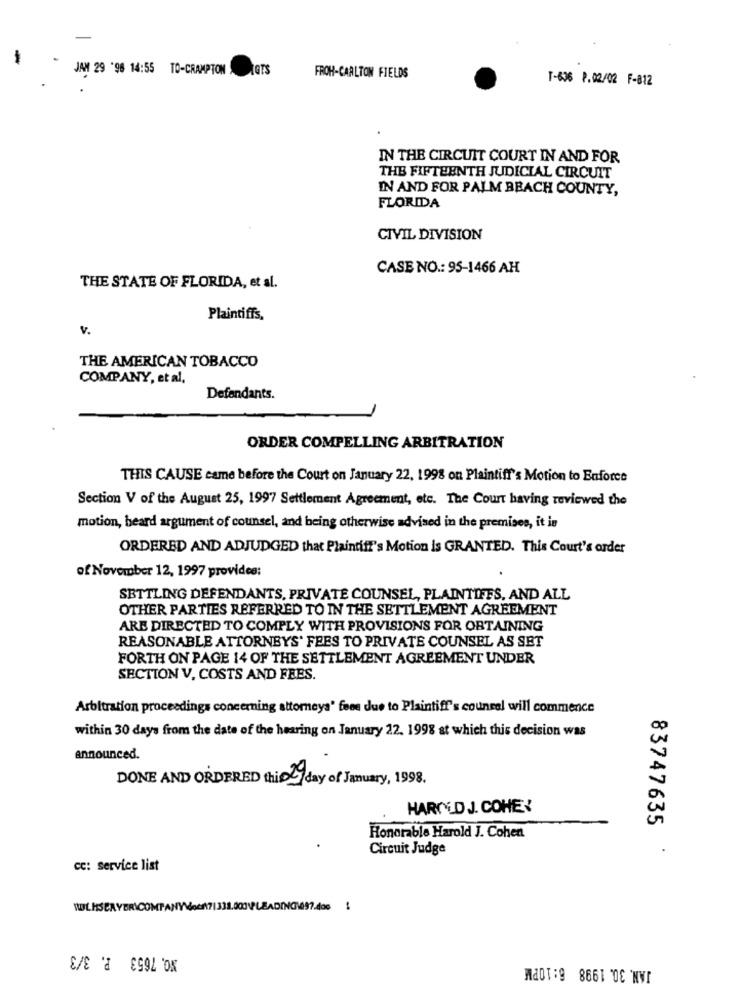
1
JAM 29 '96 14:55 TO-CRAMPTON GTS
FROH-CARLTON FIELDS
T-636 P.02/02 F-812
IN THE CIRCUIT COURT IN AND FOR
THE FIFTEENTH JUDICIAL CIRCUIT
IN AND FOR PALM BEACH COUNTY,
FLORIDA
CIVIL DIVISION
CASE NO .: 95-1466 AH
THE STATE OF FLORIDA, et al.
Plaintiffs.
v.
THE AMERICAN TOBACCO
COMPANY, et al.
Defendants.
ORDER COMPELLING ARBITRATION
THIS CAUSE came before the Court on January 22, 1998 on Plaintiff's Motion to Enforce
Section V of the August 25, 1997 Settlement Agreement, etc. The Court having reviewed the
motion, heard argument of counsel, and being otherwise advised in the premises, it is
ORDERED AND ADJUDGED that Plaintiff's Motion Is GRANTED. This Court's order
of November 12, 1997 provides:
SETTLING DEFENDANTS, PRIVATE COUNSEL, PLAINTIFFS, AND ALL
OTHER PARTIES REFERRED TO IN THE SETTLEMENT AGREEMENT
ARE DIRECTED TO COMPLY WITH PROVISIONS FOR OBTAINING
REASONABLE ATTORNEYS' FEES TO PRIVATE COUNSEL AS SET
FORTH ON PAGE 14 OF THE SETTLEMENT AGREEMENT UNDER
SECTION V, COSTS AND FEES.
Arbitration proceedings concerning attorneys' fees due to Plaintiff's counsel will commence
within 30 days from the date of the hearing on January 22. 1998 at which this decision was
announced.
DONE AND ORDERED this 1 day of January, 1998.
HAROLD J. COHEN
83747635
Honorable Harold J. Cohen
Circuit Judge
.
cc: service list
NO. 7653 P. 3/3